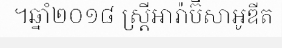
។ឆ្នាំ២០១៨ ស្ត្រីអារ៉ាប៊ីសាអូឌីត